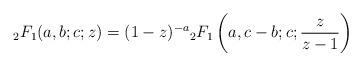
LaTeX: \begin{align*}{}_2 F_1(a,b;c;z)=(1-z)^{-a}{}_2F_1\left(a, c-b ; c;\frac{z}{z-1}\right)\end{align*}